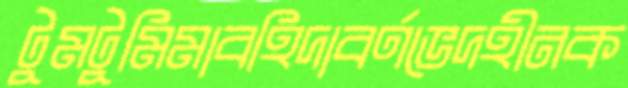
টুমটুমিমাবহিদাবর্ণভেদহীনক